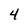
Character: 4